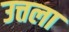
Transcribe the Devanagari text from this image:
उत्तला